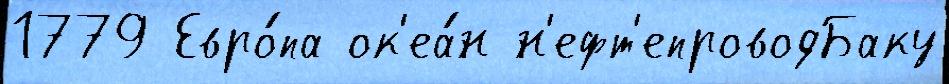
1779 Евро́па ок'еа́н н'ефт'епроводБаку